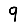
Digit: 9